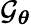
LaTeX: \mathcal{G}_{\boldsymbol{\theta}}